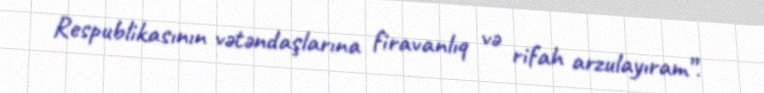
Respublikasının vətəndaşlarına firavanlıq və rifah arzulayıram”.